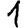
Digit: 1